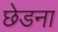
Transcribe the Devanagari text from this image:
छेडना